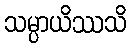
သမ္ပာယိဿသိ